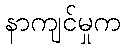
နာကျင်မှုက